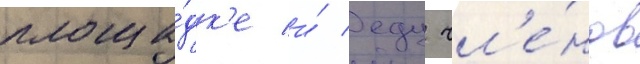
площа́дк'е и́ еду чл'е́нов